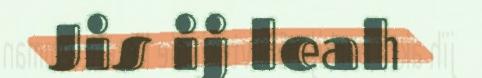
Jis ij leah